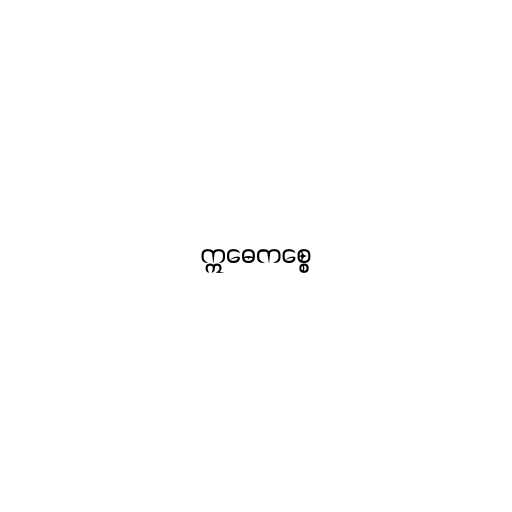
ဣဓေကစ္စေ